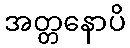
အတ္တနောပိ